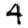
Digit: 4